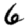
Digit: 6